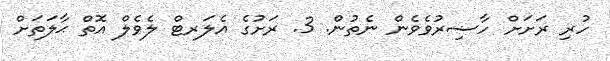
ހުރި ރަށަށް ހާޟިރުވެވެން ނެތުން. 3. ރަށުގެ އެލަރޓް ލެވެލް އޮތް ޙާލަތަށް